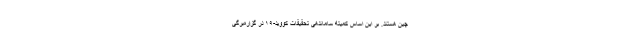
چین هستند. بر این اساس کمیته ساماندهی تحقیقات کووید-۱۹ در گزاره‌برگی